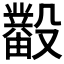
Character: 𰚊